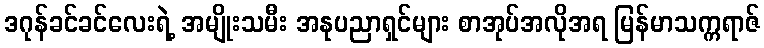
ဒဂုန်ခင်ခင်လေးရဲ့ အမျိုးသမီး အနုပညာရှင်များ စာအုပ်အလိုအရ မြန်မာသက္ကရာဇ်